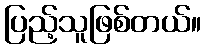
ပြည့်သူဖြစ်တယ်။